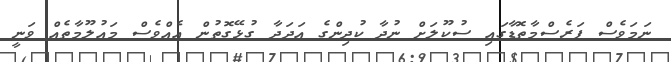
ނަމަވެސް ފަރެސްމާތޮޑާގައި ސުކޫލަށް ނުދާ ކުދިންގެ އަދަދާ ގުޅޭގޮތުން އެއްވެސް މައުލޫމާތެއް ވަނީ